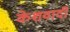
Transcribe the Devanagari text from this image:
केशवादी